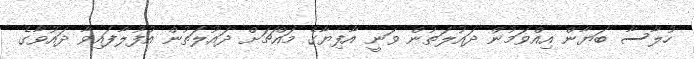
ހުލާސާ ބަޔާން އިއްވަމުން ދައުލަތުން ވަނީ އާފިޔާގެ މައްޗަށް ދައުލަތުން އުފުލާފައިވާ ދައުވާގެ